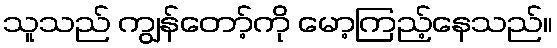
သူသည် ကျွန်တော့်ကို မော့ကြည့်နေသည်။